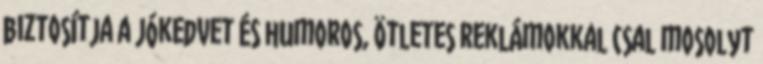
biztosítja a jókedvet és humoros, ötletes reklámokkal csal mosolyt